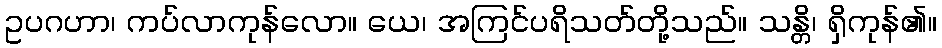
ဥပဂဟာ၊ ကပ်လာကုန်လော။ ယေ၊ အကြင်ပရိသတ်တို့သည်။ သန္တိ၊ ရှိကုန်၏။